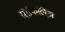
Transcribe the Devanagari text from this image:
सिफिलिज़